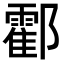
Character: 𨟓